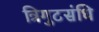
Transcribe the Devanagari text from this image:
त्रिगुटसंधि